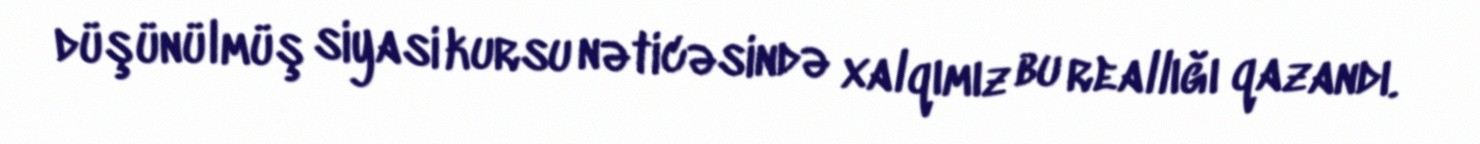
düşünülmüş siyasi kursu nəticəsində xalqımız bu reallığı qazandı.